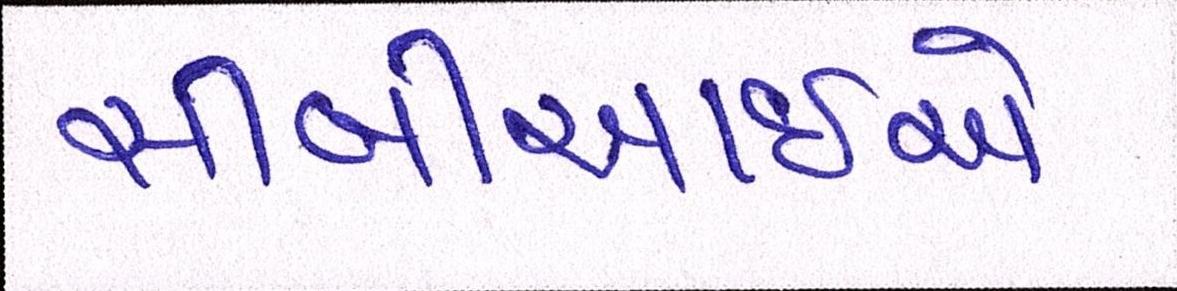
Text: સીબીઆઇએ